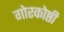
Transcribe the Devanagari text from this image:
गोरकोष्ठी